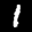
Label: 1